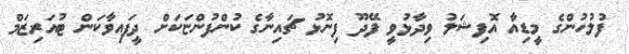
ފުލުހުންގެ މީޑިއާ އޮފިޝަލު ވިދާޅުވީ ފޭދޫ ފިނޮޅު ޗައިނާގެ ކުންފުންޏަކަށް ދީފައިވާކަން ޓުއަރިޒަމް